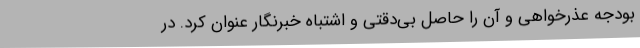
بودجه عذرخواهی و آن را حاصل بی‌دقتی و اشتباه خبرنگار عنوان کرد. در